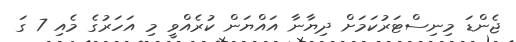
ޖެންޑަ މިނިސްޓަރުކަމަށް ދިޔާނާ އައްޔަން ކުރެއްވީ މި އަހަރުގެ މެއި 7 ގަ